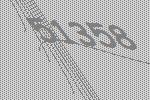
51358